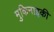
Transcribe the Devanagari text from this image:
मुकिनाइकी